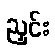
ညှင်း